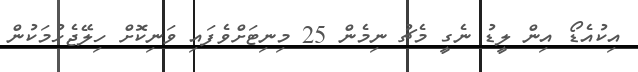
އިިކުއެޑޯ އިން ލީޑު ނެގީ މެޗު ނިމެން 25 މިނިޓަށްވެފައި ވަނިކޮށް ހިލޭޖެހުމަކުން